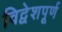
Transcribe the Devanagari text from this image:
विद्वेशपूर्ण